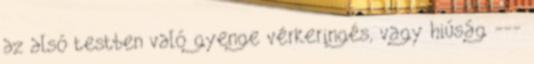
az alsó testben való gyenge vérkeringés, vagy hiúság ---